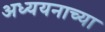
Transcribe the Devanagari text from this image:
अध्ययनाच्या